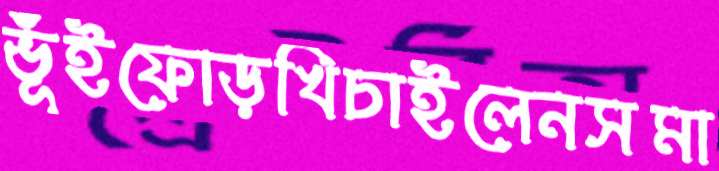
ভূঁইফোড়খিচাইলেনসমা